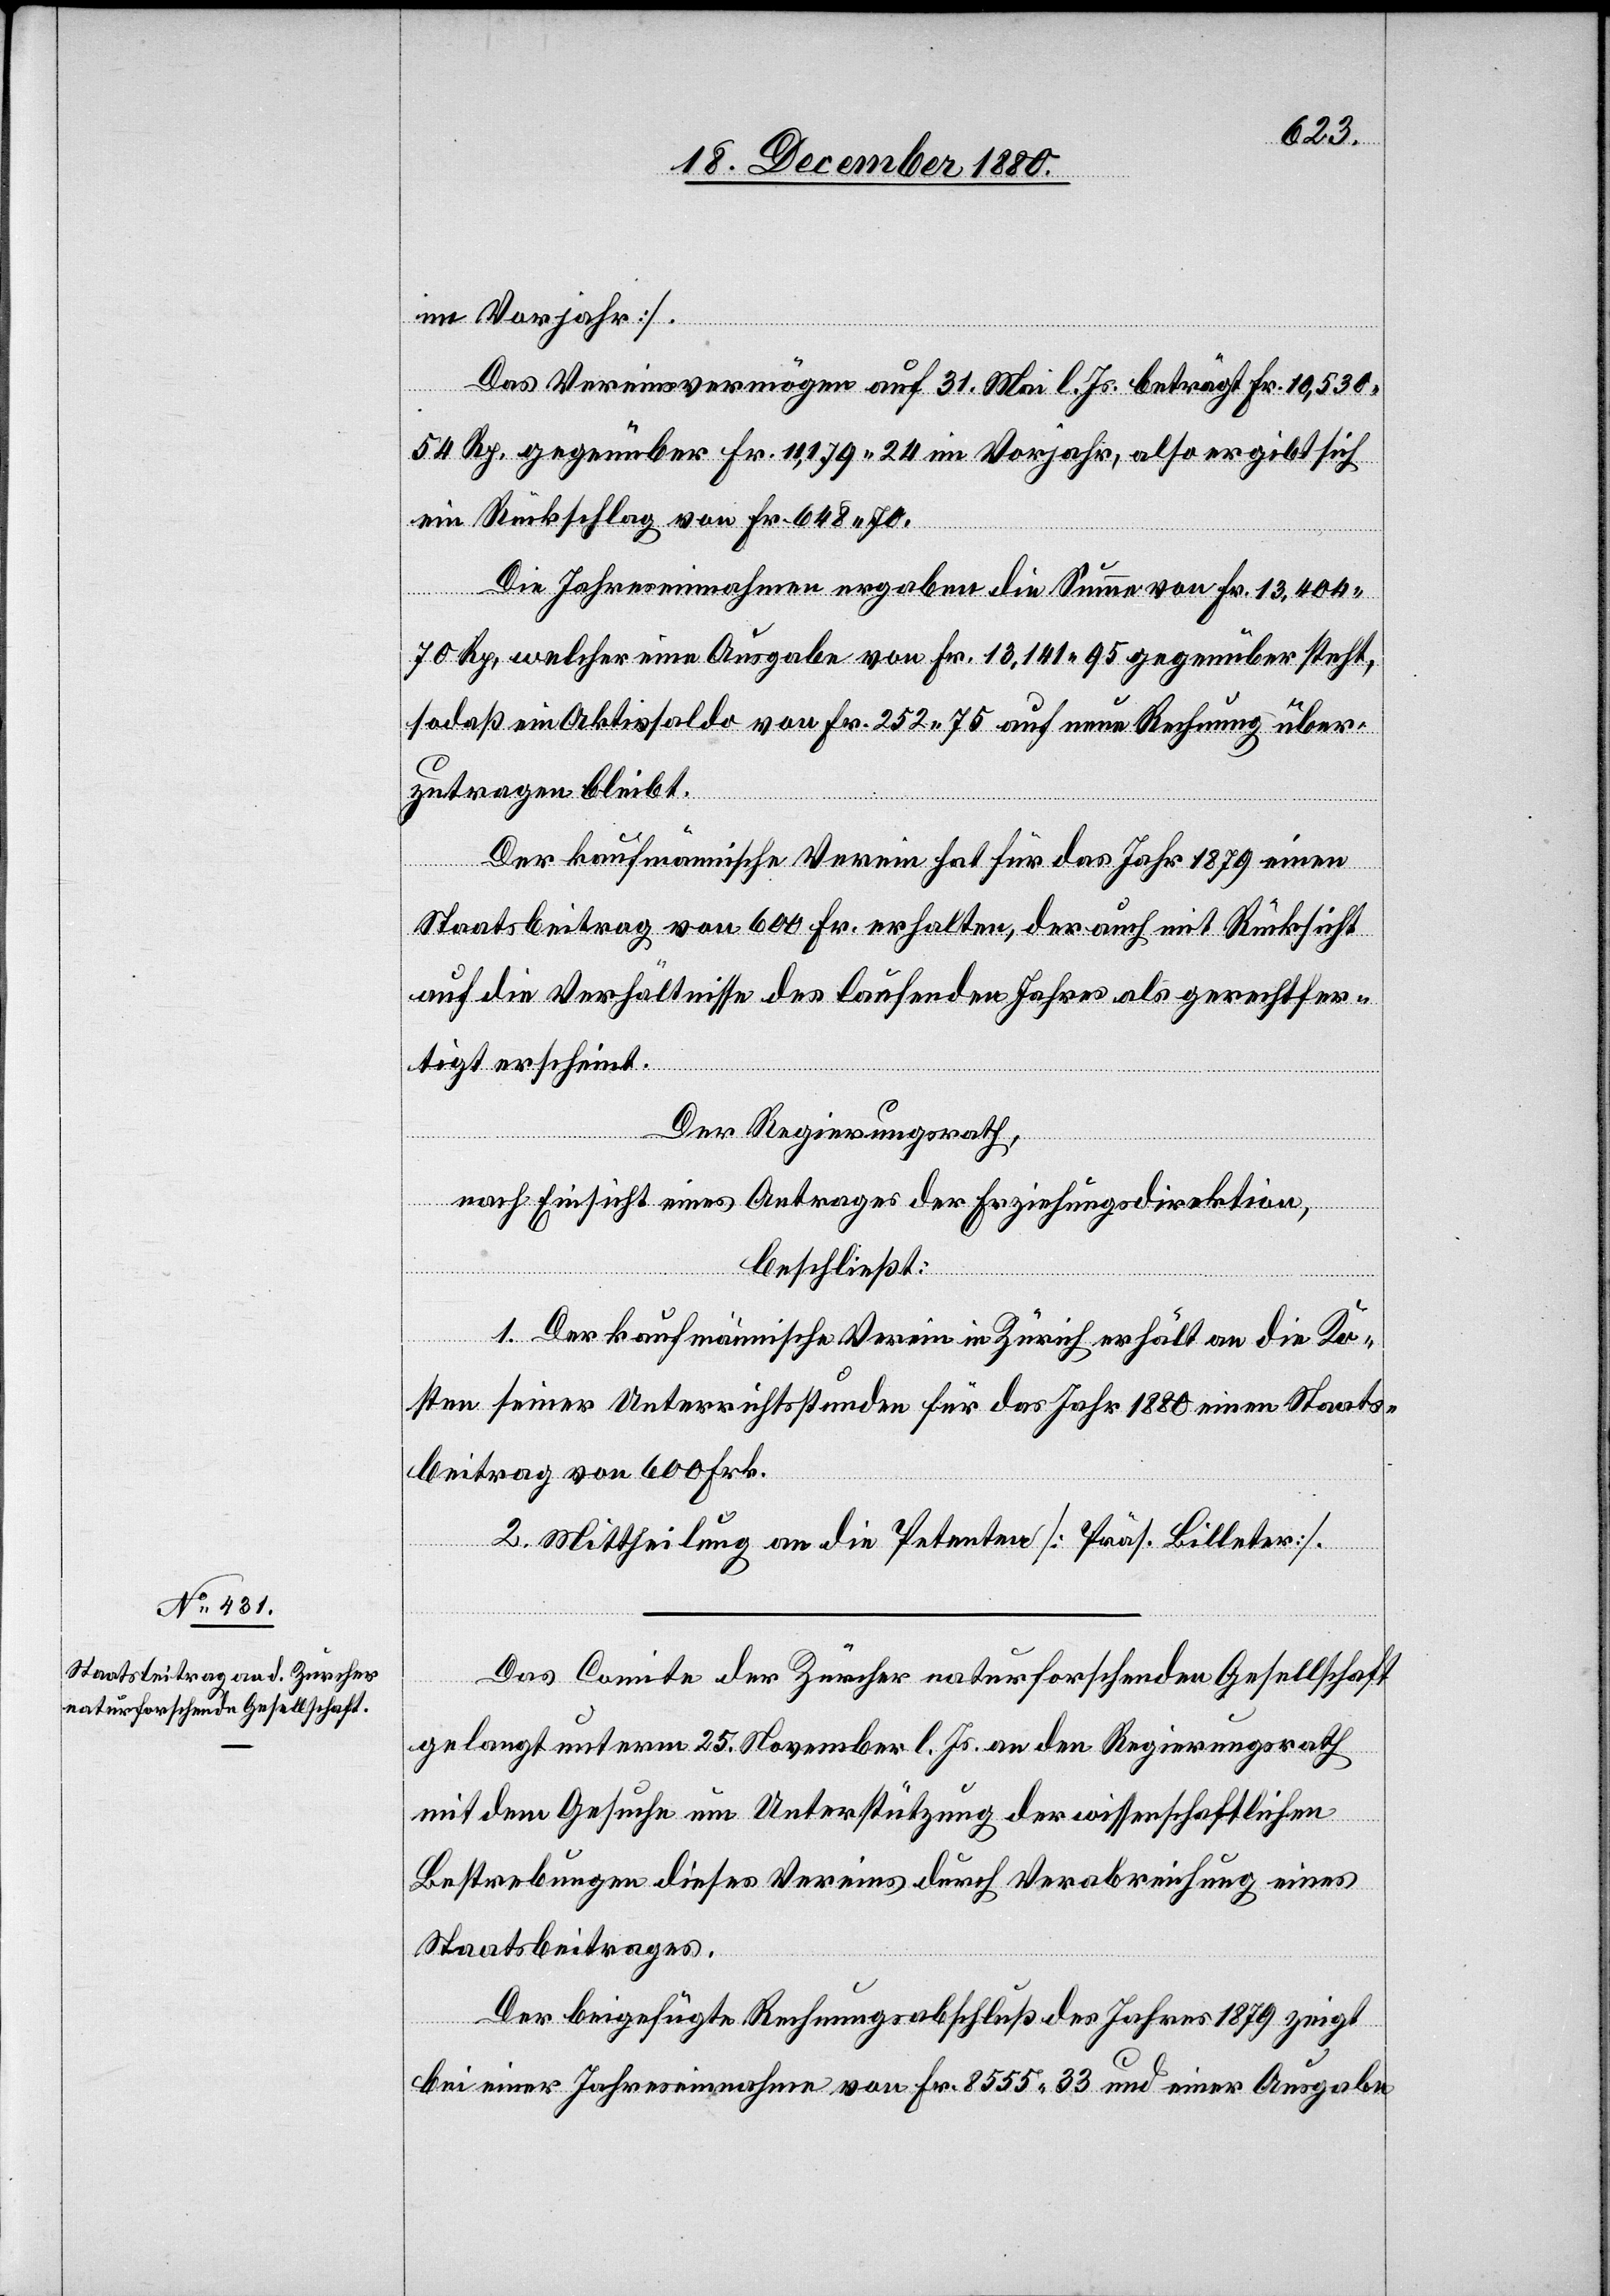
Das Comite der Zürcher naturforschenden Gesellschaft
gelangt unterm 25. November l. Js. an den Regierungsrath
mit dem Gesuche um Unterstützung der wissenschaftlichen
Bestrebungen dieses Vereins durch Verabreichung eines
Staatsbeitrages.
Der beigefügte Rechnungsabschluß des Jahres 1879 zeigt
bei einer Jahreseinnahme von Fr. 8555 33 und einer Ausgabe